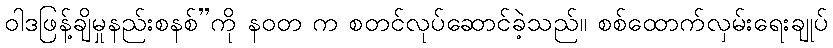
ဝါဒဖြန့်ချိမှုနည်းစနစ်”ကို နဝတ က စတင်လုပ်ဆောင်ခဲ့သည်။ စစ်ထောက်လှမ်းရေးချုပ်